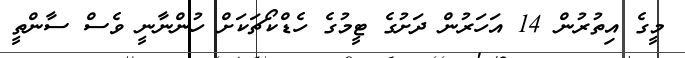
މީގެ އިތުރުން 14 އަހަރުން ދަށުގެ ޓީމުގެ ހެޑްކޯޗަކަށް ހުންނާނީ ވެސް ސާންތީ